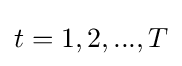
t=1,2,...,T